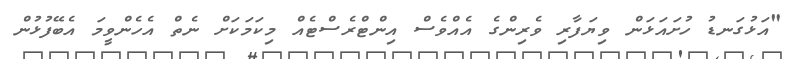
"އަޅުގަނޑު ހުށައަޅަން ވިޔަފާރި ވެރިންގެ އެއްވެސް އިންޓްރެސްޓެއް މިކަމަކަށް ނެތް އެހެންވީމަ އެބޭފުޅުން